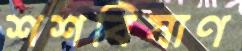
শশবিষাণ